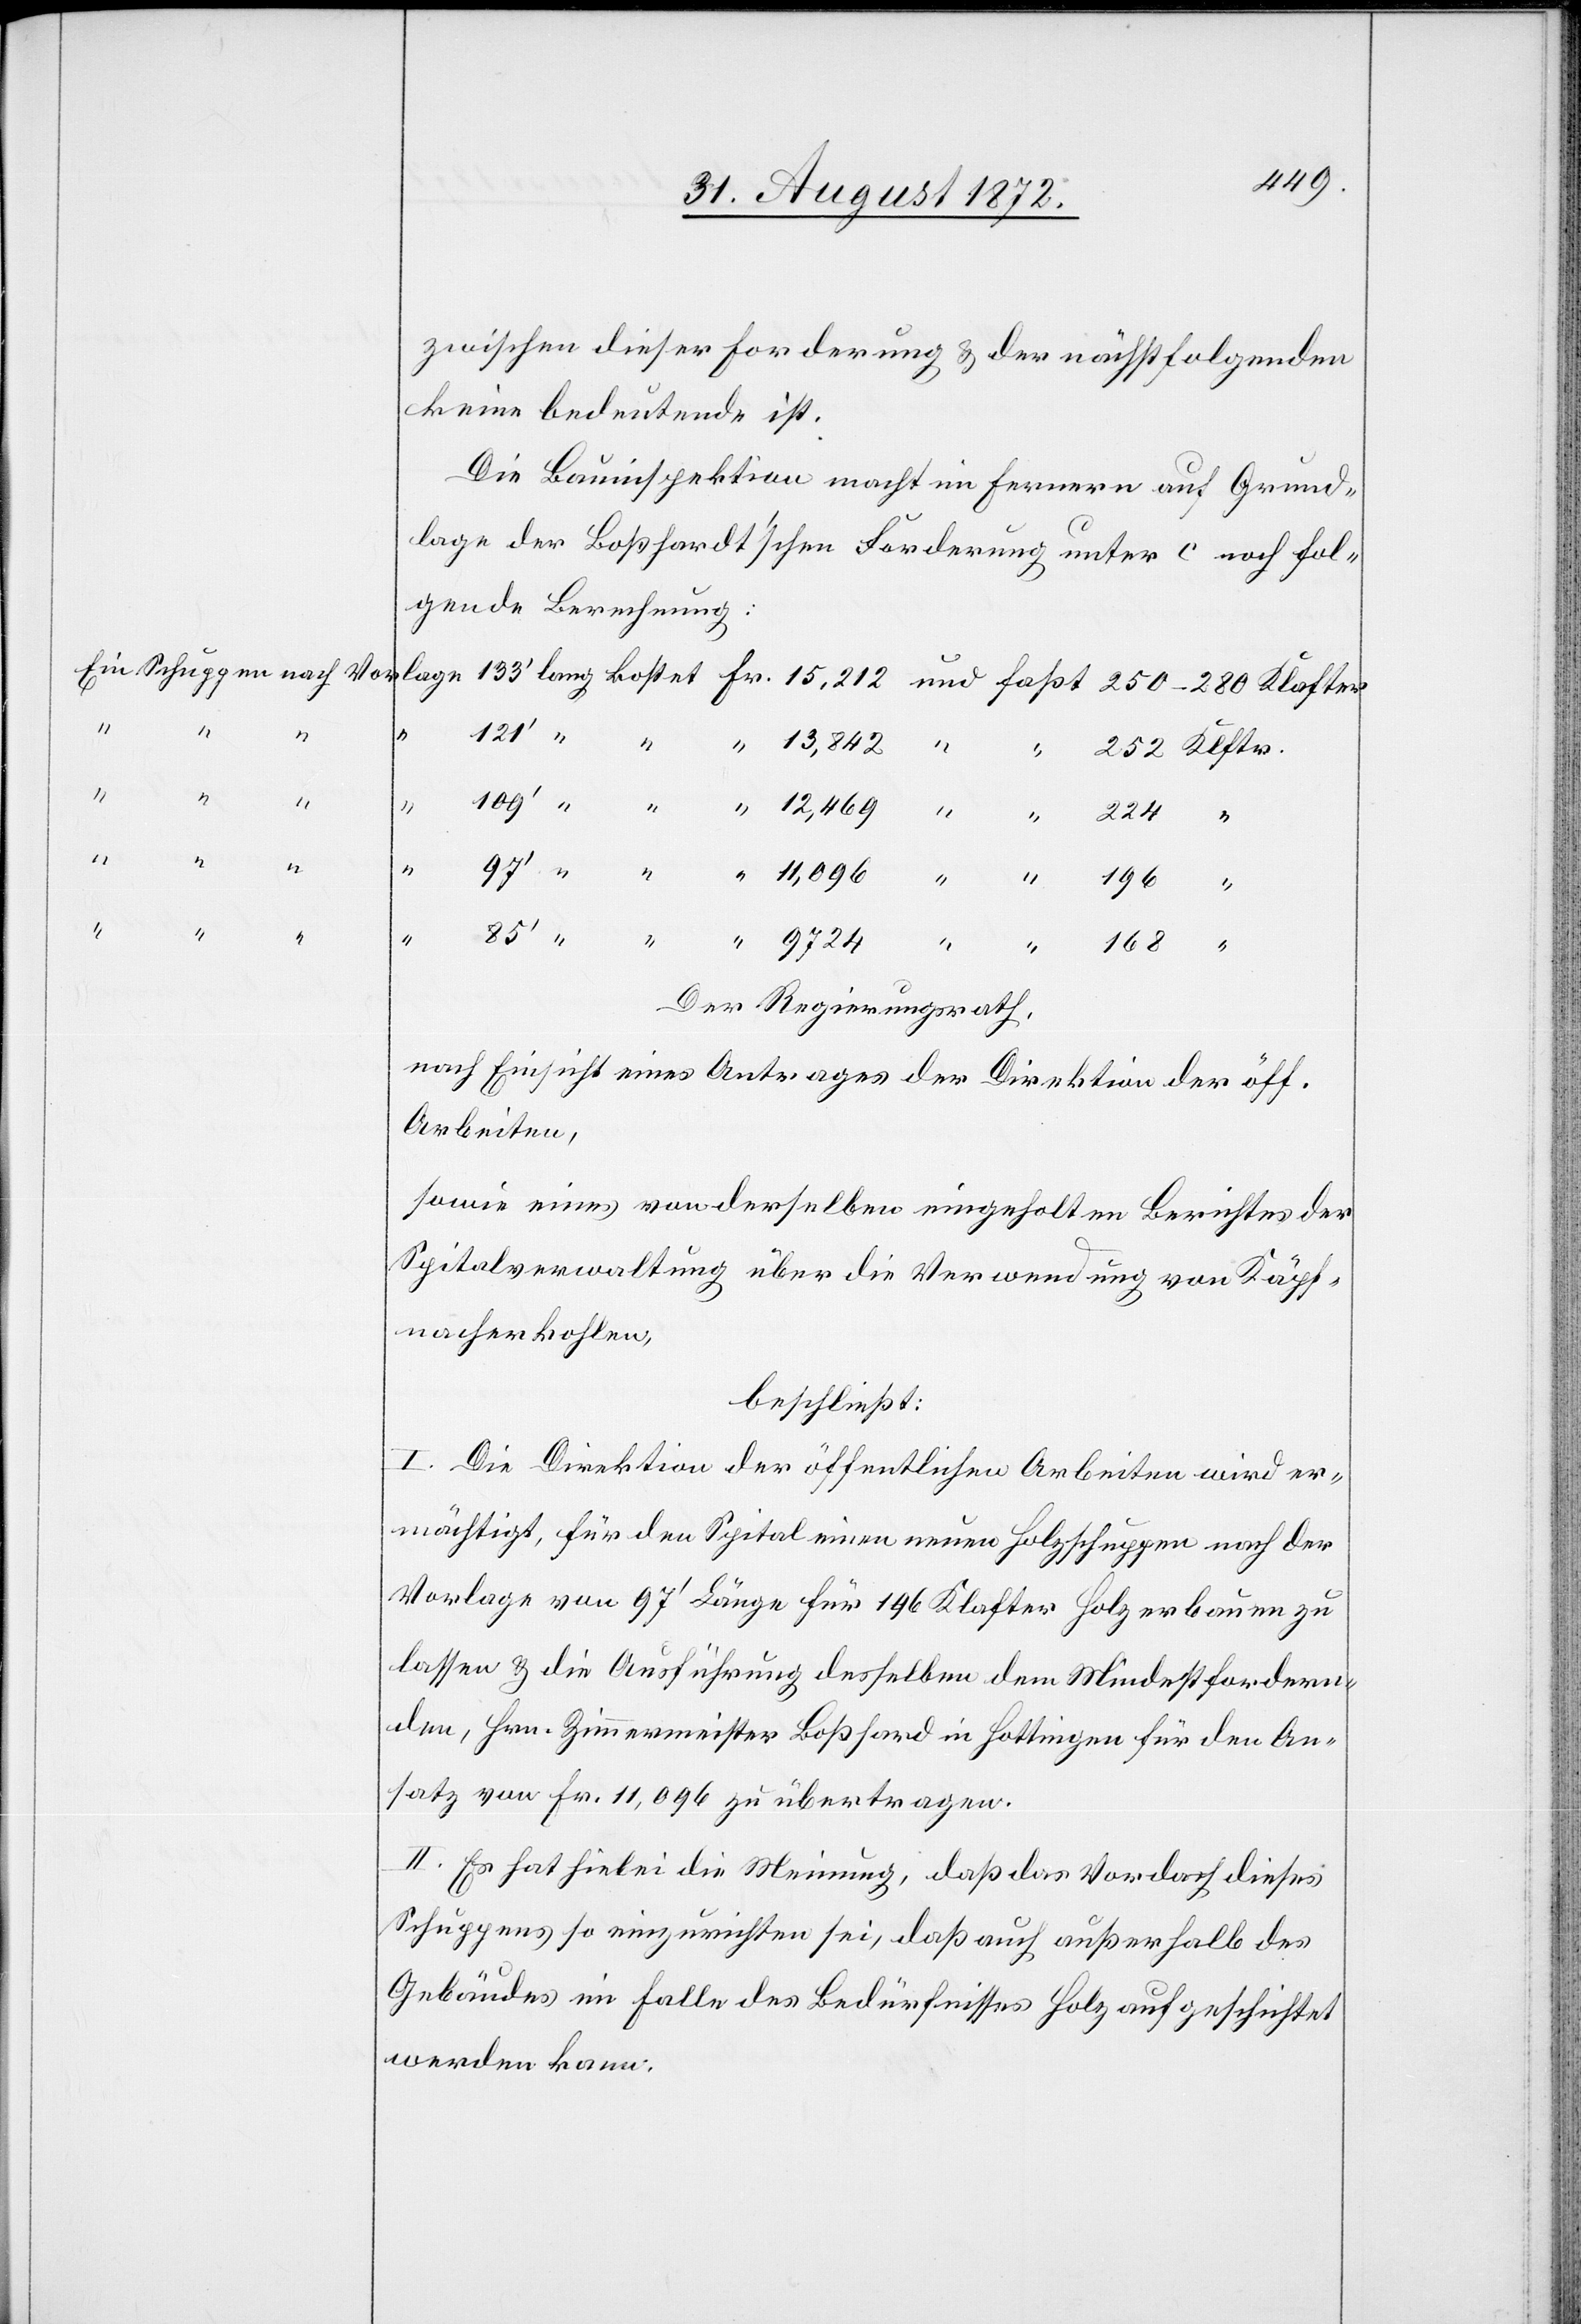
zwischen dieser Forderung u. der nächstfolgenden
keine bedeutende ist.
Die Bauinspektion macht im Fernern auf Grund¬
lage der Boßhardt’schen Forderung unter c noch fol¬
gende Berechnung:
Der Regierungsrath,
nach Einsicht eines Antrages der Direktion der öff.
Arbeiten,
sowie eines von derselben eingeholten Berichtes der
Spitalverwaltung über die Verwendung von Käpf¬
nacherkohlen,
beschließt:
I. Die Direktion der öffentlichen Arbeiten wird er¬
mächtigt, für den Spital einen neuen Holzschuppen nach der
Vorlage von 97’ Länge für 196 Klafter Holz erbauen zu
lassen u. die Ausführung desselben dem Mindestfordern¬
den, Hrn. Zimmermeister Boßhard in Hottingen für den An¬
satz von Fr. 11,096 zu übertragen.
II. Es hat hiebei die Meinung, daß das Vordach dieses
Schuppens so einzurichten sei, daß auch außerhalb des
Gebäudes im Falle des Bedürfnisses Holz aufgeschichtet
werden kann.